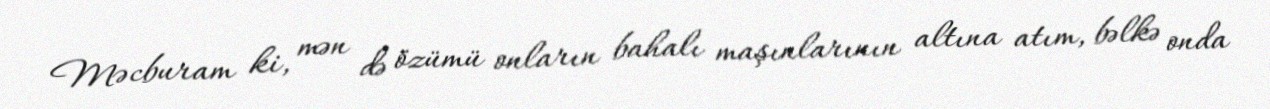
Məcburam ki, mən də özümü onların bahalı maşınlarının altına atım, bəlkə onda